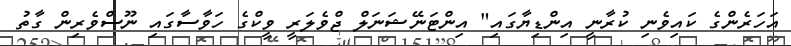
އަހަރެންގެ ކައިވެނި ކުރާނީ އިންޑިޔާގައި" އިންޓަނޭޝަނަލް ޖްވެލަރީ ވީކްގެ ހަވާސާގައި ނޫސްވެރިން ގާތު